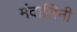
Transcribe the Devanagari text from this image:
मंदालिनी